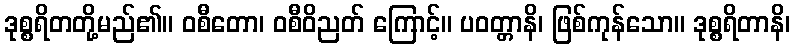
ဒုစ္စရိတတို့မည်၏။ ဝစီတော၊ ဝစီဝိညတ် ကြောင့်။ ပဝတ္တာနိ၊ ဖြစ်ကုန်သော။ ဒုစ္စရိတာနိ၊